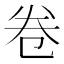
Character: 卷